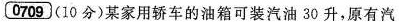
0709 (10分) 某家用轿车的油箱可装汽油30升，原有汽